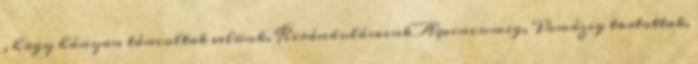
, hogy hányan táncoltak velünk. Kirándulásaink Aqvincumig, Pomázig tartottak,